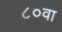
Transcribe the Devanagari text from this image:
८०वा